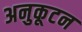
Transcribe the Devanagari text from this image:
अनुकूटन